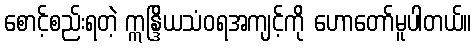
စောင့်စည်းရတဲ့ ဣန္ဒြိယသံဝရအကျင့်ကို ဟောတော်မူပါတယ်။